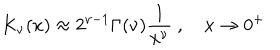
K _ { \nu } ( x ) \approx 2 ^ { \nu - 1 } \Gamma ( \nu ) \frac { 1 } { x ^ { \nu } } ~ , ~ x \to 0 ^ { + }